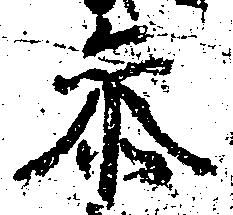
参